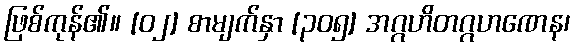
ဖြစ်ကုန်၏။ [၀၂] စာမျက်နှာ [၃၀၅] အဂ္ဂဟိတဂ္ဂဟဏေန၊